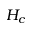
H _ { c }